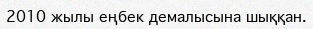
2010 жылы еңбек демалысына шыққан.